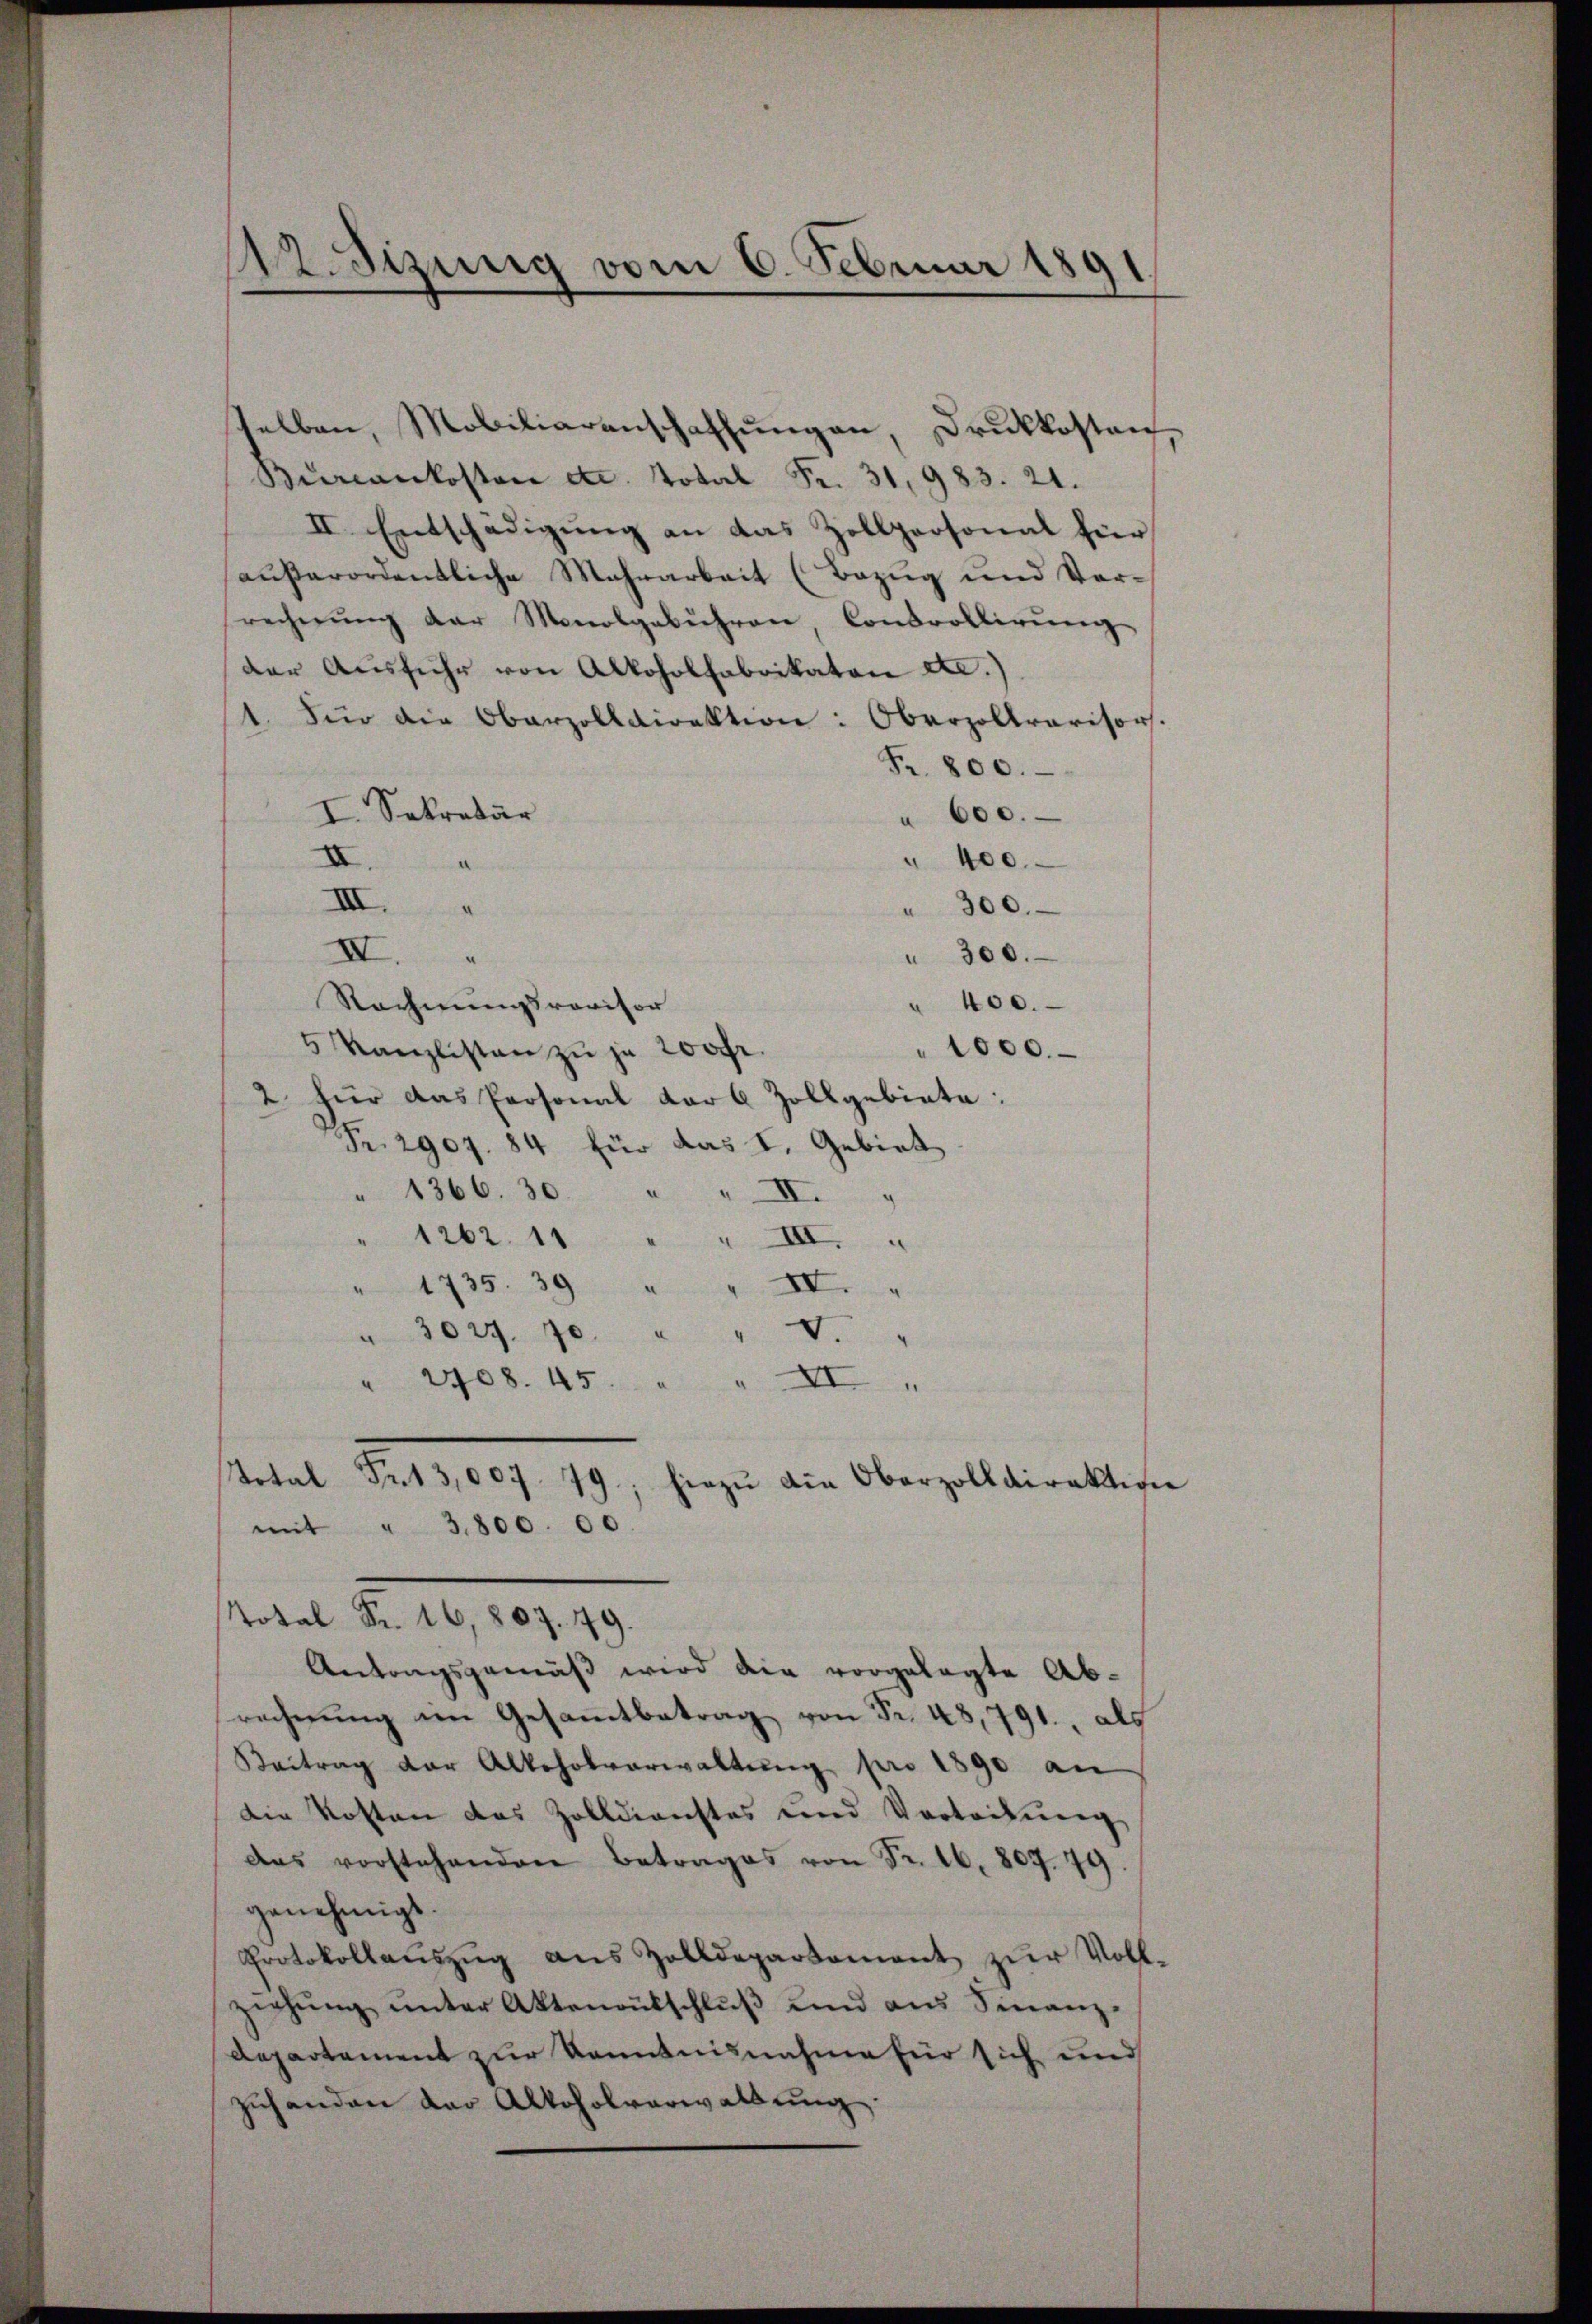
42. Sizung vom 6. Februar 1891

Bureaukosten etc. Total Fr. 31, 983. 21.
II. Entschädigung an das Zollpersonal für
außerordentliche Mehrarbeit (Bezug und Verrechnŭng der Monolgebühren Controllirŭng
der Ausführ von Alkoholfabrikaten etc.)
1. Für die Oberzolldirektion: Oberzollarisors.
Fr. 800.
I. Sekretär
 600.
II.
" 400
III.
300.
IV.
" 300.
Rechnungsrevisor
400.
5 Kanzlisten zŭ je 200fr.
1000.
2 für das Personal darb Zollgebiete:
Fr. 2907. 84 für das I. Gebiet
" 1366. 30 " " II.
" 1262. 11 " " III.
IV.
" 1735. 39 "
3029. 70. " " 6. "
" 2708. 45. " " XI "
otal 513,007. 79, hiezŭ die Oberzolldirektion
mit " 3,800. 00.
Total Fr. 16,807. 49.
Antragsgemäß wird die vorgelegte Ab-
recherung im Gesammtbetrag von Fr. 48,791., als
Beitrag der Alkoholverwaltŭng pro 1890 an
Die Kosten das Zolldienstes und Vorteilung
das vorstehenden Betrages von Fr. 16. 807. 79.
genehmigt.
Protokollaŭszŭg aŭs Zolldepartement zŭr Voll-
ziehŭng ŭnter Aktenrütschlŭβ ŭnd ans Finanz-
Aepartement zur Kenntnisnahme für sich und
zuhanden der Altoholverwaltŭng

selben, Mobiliarenschaffŭngen, Druckkosten